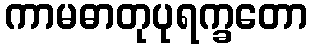
ကာမဓာတုပုရက္ခတော